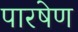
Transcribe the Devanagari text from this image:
पारषेण